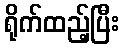
ရိုက်ထည့်ပြီး